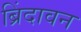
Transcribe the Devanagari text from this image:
ब्रिंदावन